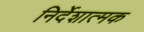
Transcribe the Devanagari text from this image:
निर्देशात्‍मक